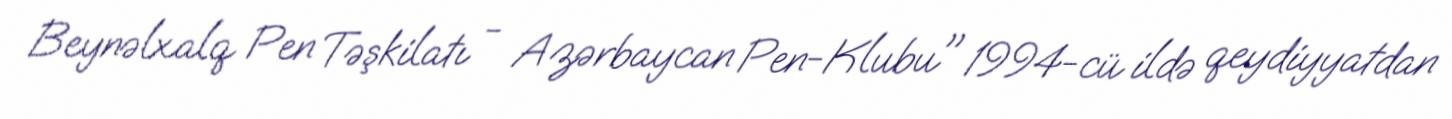
Beynəlxalq Pen Təşkilatı - Azərbaycan Pen-Klubu" 1994-cü ildə qeydiyyatdan